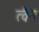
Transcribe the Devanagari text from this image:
त्वैन